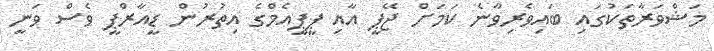
މަޝްވަރާތަކުގައި ބައިވެރިވާނެ ކަމަށް ޖޭޕީ އާއި ޕީޕީއެމްގެ އިތުރުން ޑީއާރްޕީ ވެސް ވަނީ